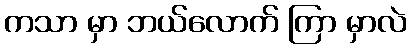
ကသာ မှာ ဘယ်လောက် ကြာ မှာလဲ